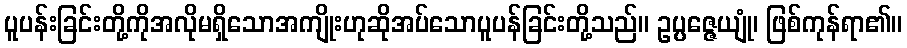
ပူပန်းခြင်းတို့ကိုအလိုမရှိသောအကျိုးဟုဆိုအပ်သောပူပန်ခြင်းတို့သည်။ ဥပ္ပဇ္ဇေယျုံ၊ ဖြစ်ကုန်ရာ၏။